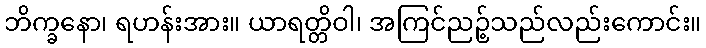
ဘိက္ခနော၊ ရဟန်းအား။ ယာရတ္တိဝါ၊ အကြင်ညဉ့်သည်လည်းကောင်း။